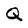
Character: Q